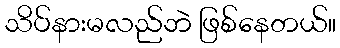
သိပ်နားမလည်ဘဲ ဖြစ်နေတယ်။